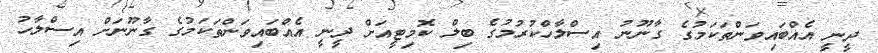
ދީނީ އެއްބައިވަންތަކަމުގެ ގާނޫނު އިސްލާހްކުރުމުގެ ބިލް ކޮމިޓީއަށް ދީނީ އެއްބައިވަންތަކަމުގެ ގާނޫނަށް އިސްލާހު